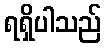
ရရှိပါသည်